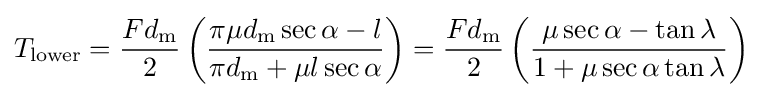
T_{\text{lower}}={\frac {Fd_{\text{m}}}{2}}\left({\frac {\pi \mu d_{\text{m}}\sec {\alpha }-l}{\pi d_{\text{m}}+\mu l\sec {\alpha }}}\right)={\frac {Fd_{\text{m}}}{2}}\left({\frac {\mu \sec {\alpha }-\tan {\lambda }}{1+\mu \sec {\alpha }\tan {\lambda }}}\right)